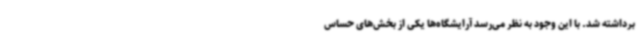
برداشته شد. با این وجود به نظر می‌رسد آرایشگاه‌ها یکی از بخش‌های حساس